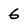
Character: 6